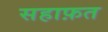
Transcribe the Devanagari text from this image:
सहाफ़त